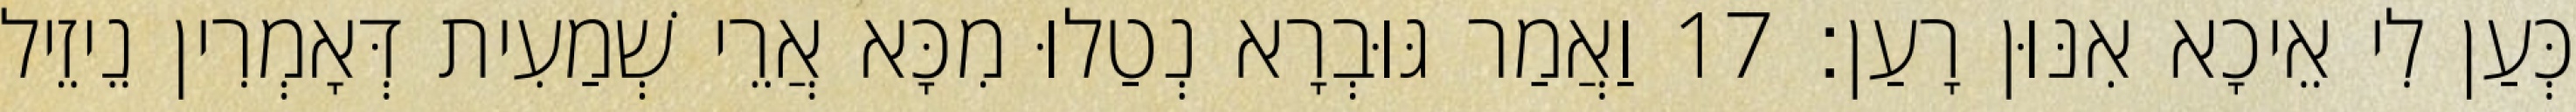
כְּעַן לִי אֵיכָא אִנּוּן רָעַן׃ 17 וַאֲמַר גּוּבְרָא נְטַלוּ מִכָּא אֲרֵי שְׁמַעִית דְּאָמְרִין נֵיזֵיל